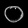
Digit: ၀